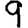
Digit: 9